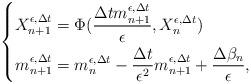
LaTeX: \begin{align*}\left\lbrace\begin{aligned}X_{n+1}^{\epsilon,\Delta t}&=\Phi(\frac{\Delta tm_{n+1}^{\epsilon,\Delta t}}{\epsilon},X_n^{\epsilon,\Delta t})\\m_{n+1}^{\epsilon,\Delta t}&=m_n^{\epsilon,\Delta t}-\frac{\Delta t}{\epsilon^2}m_{n+1}^{\epsilon,\Delta t}+\frac{\Delta\beta_n}{\epsilon},\end{aligned}\right.\end{align*}